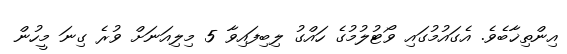
އިންތިޚާބެވެ. އެގައުމުގައި ވޯޓުލުމުގެ ހައްގު ލިބިފައިވާ 5 މިލިއަނަށް ވުރެ ގިނަ މީހުން